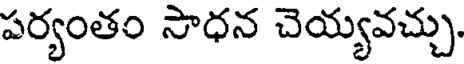
పర్యంతం సాధన చెయ్యవచ్చు.